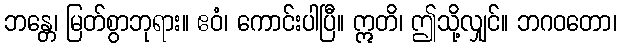
ဘန္တေ၊ မြတ်စွာဘုရား။ ဧဝံ၊ ကောင်းပါပြီ။ ဣတိ၊ ဤသို့လျှင်။ ဘဂဝတော၊